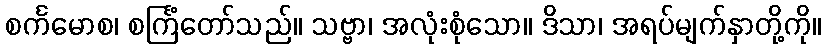
စင်္ကမောစ၊ စင်္ကြံတော်သည်။ သဗ္ဗာ၊ အလုံးစုံသော။ ဒိသာ၊ အရပ်မျက်နှာတို့ကို။